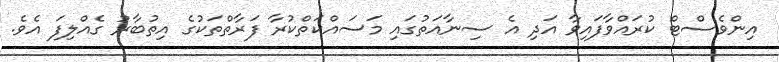
އިންވެސްޓް ކުރައްވާފައިވާ އަދި އެ ސިނާއަތުގައި މަސައްކަތްކުރާ ފަރާތްތަކުގެ އިތުބާރު ގެއްލިފަ އެވެ.